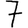
Digit: 7